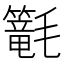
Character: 𣰴